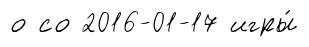
о со 2016-01-17 игры́